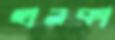
হালকা